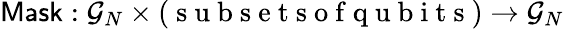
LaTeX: \textsf{Mask}:\mathcal G_{N}\times(\mathrm{~s~u~b~s~e~t~s~o~f~q~u~b~i~t~s~})\to\mathcal G_{N}